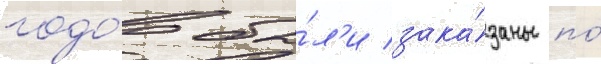
годо́в бы́л'и зака́заны по́